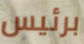
برئيس